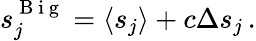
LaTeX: s_{j}^{\mathrm{~B~i~g~}}=\langle s_{j}\rangle+c\Delta s_{j}\, .